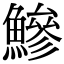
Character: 鰺